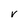
Character: V